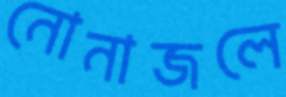
নোনাজলে